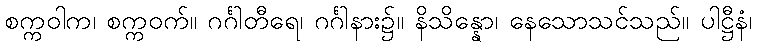
စက္ကဝါက၊ စက္ကဝက်။ ဂင်္ဂါတီရေ၊ ဂင်္ဂါနား၌။ နိသိန္နော၊ နေသောသင်သည်။ ပါဋ္ဌီနံ၊